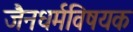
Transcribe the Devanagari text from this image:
जैनधर्मविषयक